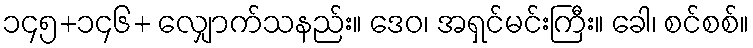
၁၄၅+၁၄၆+ လျှောက်သနည်း။ ဒေဝ၊ အရှင်မင်းကြီး။ ခေါ၊ စင်စစ်။